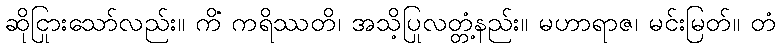
ဆိုငြားသော်လည်း။ ကိံ ကရိဿတိ၊ အသို့ပြုလတ္တံ့နည်း။ မဟာရာဇ၊ မင်းမြတ်။ တံ